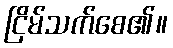
ငြိမ်သက်စေ၏။